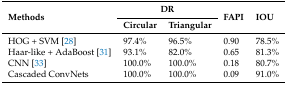
<table><thead><tr><td rowspan="2"><b>Methods</b></td><td colspan="2"><b>DR</b></td><td rowspan="2"><b>FAPI</b></td><td rowspan="2"><b>IOU</b></td></tr><tr><td><b>Circular</b></td><td><b>Triangular</b></td></tr></thead><tbody><tr><td>HOG + SVM [28]</td><td>97.4%</td><td>96.5%</td><td>0.90</td><td>78.5%</td></tr><tr><td>Haar-like + AdaBoost [31]</td><td>93.1%</td><td>82.0%</td><td>0.65</td><td>81.3%</td></tr><tr><td>CNN [33]</td><td>100.0%</td><td>100.0%</td><td>0.18</td><td>80.7%</td></tr><tr><td>Cascaded ConvNets</td><td>100.0%</td><td>100.0%</td><td>0.09</td><td>91.0%</td></tr></tbody></table>